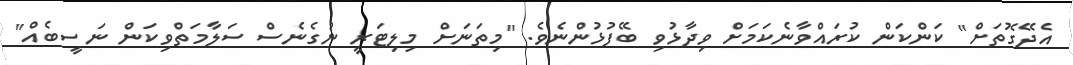
އެދޭގޮތަށް" ކަންކަން ކުރައްވާނެކަމަށް ވިދާޅުވި ބޭފުޅުންނެވެ. "މިތަނަށް މިލިޓަރީ ނުގެނެސް ސަލާމަތްވިކަން ނަސީބެއް"